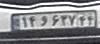
۱۴و۶۳۷۴۴